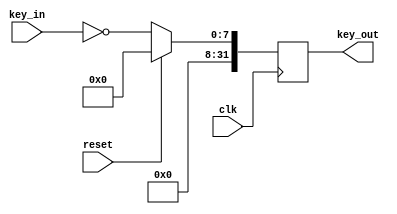
`timescale 1ns / 1ps
//////////////////////////////////////////////////////////////////////////////////
// Company: 
// Engineer: 
// 
// Design Name: 
// Module Name:    KEY 
// Project Name: 
// Target Devices: 
// Tool versions: 
// Description: 
//
// Dependencies: 
//
// Revision: 
// Revision 0.01 - File Created
// Additional Comments: 
//
//////////////////////////////////////////////////////////////////////////////////
module KEY(
    input clk,
	 input reset,
    input [7:0] key_in,
    output reg [31:0] key_out
    );
	 
	 always @(posedge clk) begin
	     if (reset) begin
		      key_out <= 32'd0;
		  end else begin
		      key_out <= {24'd0, ~key_in};
		  end
	 end

endmodule